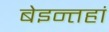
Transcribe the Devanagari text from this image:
बेइन्तहां